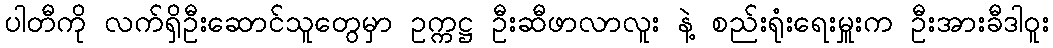
ပါတီကို လက်ရှိဦးဆောင်သူတွေမှာ ဥက္ကဋ္ဌ ဦးဆီဖာလာလူး နဲ့ စည်းရုံးရေးမှူးက ဦးအားခီဒါဝူး